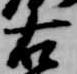
右